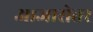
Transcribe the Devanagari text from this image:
आजारोत्तर